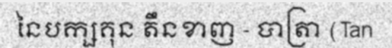
នៃបក្សគុន តឹនខាញ - បាត្រា (Tan